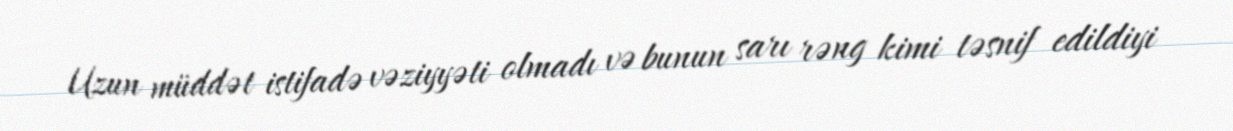
Uzun müddət istifadə vəziyyəti olmadı və bunun sarı rəng kimi təsnif edildiyi